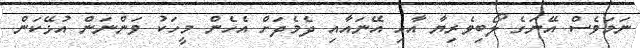
ނަމަވެސް އޭނަގެ ލޯބިވެރިޔާ އާއި އޭނައާއި ދެމެދަށް އެހެން މީހަކު ވަންނަން އުޅޭކަން